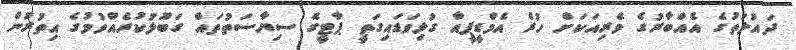
ދައުލަތުގެ އެއްބާރުގެ ވެރިއަކަށް ހުރެ އެމްޑީޕީއާ ގުޅިވަޑައިގަތީ ޕާޓީގެ ސިޔާސަތުތައް ގަބޫލުކުރެއްވުމުގެ އިތުރުން